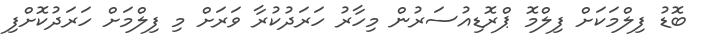
ބޮޑު ފިލްމަކަށް ފިލްމޮ ޕްރޮޑިއުސަރުން މިހާރު ހަރަދުކުރާ ވަރަށް މި ފިލްމަށް ހަރަދުކޮށްފި